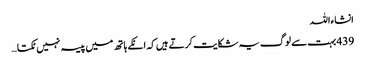
انشاءاللہ
439 بہت سے لوگ یہ شکایت کرتے ہیں کہ انکے ہاتھ میں پیسہ نہیں ٹکتا …